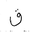
Letter: _qaf